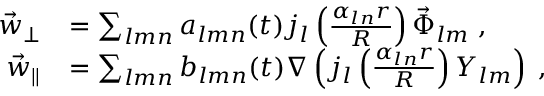
\begin{array} { r l } { \vec { w } _ { \perp } } & { = \sum _ { l m n } a _ { l m n } ( t ) j _ { l } \left( \frac { \alpha _ { l n } r } { R } \right) \vec { \Phi } _ { l m } \; , } \\ { \vec { w } _ { \parallel } } & { = \sum _ { l m n } { b } _ { l m n } ( t ) \nabla \left( j _ { l } \left( \frac { \alpha _ { l n } r } { R } \right) Y _ { l m } \right) \; , } \end{array}